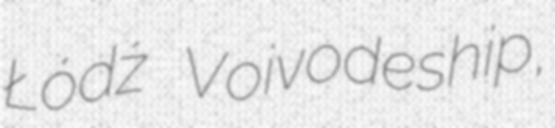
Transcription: Łódź Voivodeship,